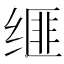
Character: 𦈗